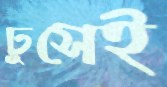
ঢুসেই